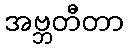
အဗ္ဘတီတာ